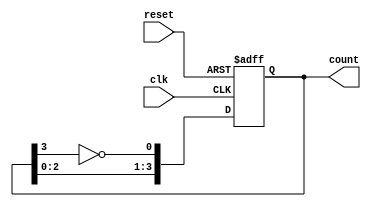
module johnson_counter #(
    parameter WIDTH = 4  // Bit width of the counter (must be even)
) (
    input wire clk,      // Clock input
    input wire reset,    // Asynchronous reset input
    output reg [WIDTH-1:0] count // Output count value
);

    // Ensure WIDTH is even
    initial begin
        if (WIDTH % 2 != 0) begin
            $fatal("WIDTH must be an even number.");
        end
    end

    // Asynchronous reset and counter logic
    always @(posedge clk or posedge reset) begin
        if (reset) begin
            count <= 0; // Reset the counter to 0
        end else begin
            // Johnson counter logic
            count <= {count[WIDTH-2:0], ~count[WIDTH-1]};
        end
    end

endmodule